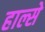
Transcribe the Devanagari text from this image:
हाल्से